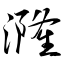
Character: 漋